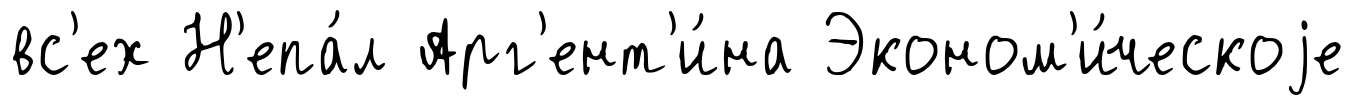
вс'ех Н'епа́л Арг'ент'и́на Эконом'и́ческоjе